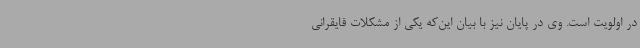
در اولویت است. وی در پایان نیز با بیان این‌که یکی از مشکلات قایقرانی